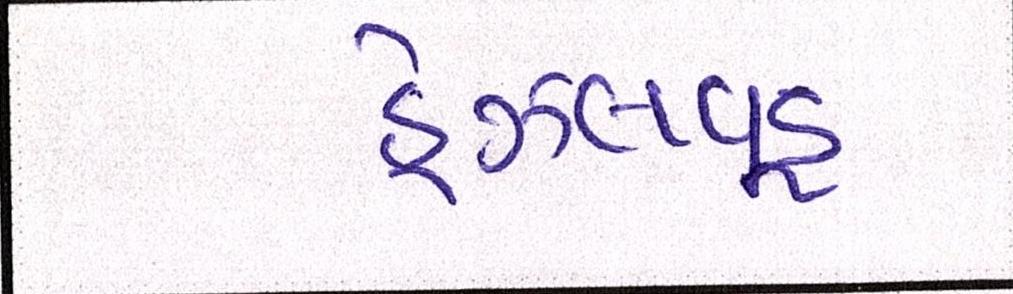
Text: હેઝલવૂડ